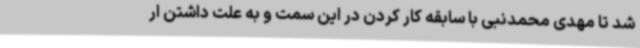
شد تا مهدی محمدنبی با سابقه کار کردن در این سمت و به علت داشتن ار